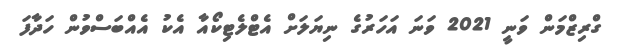
ގްރިޒްމަން ވަނީ 2021 ވަނަ އަހަރުގެ ނިޔަލަށް އެޓްލެޓިކޯއާ އެކު އެއްބަސްވުން ހަދާފަ